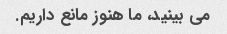
می بینید، ما هنوز مانع داریم.